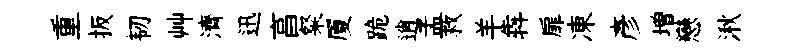
重扳韧艸濟迅亯粲厦跪逍孟救羊犇扉凍彥増戀湫